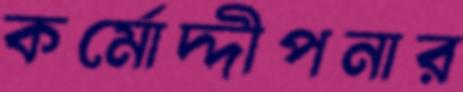
কর্মোদ্দীপনার